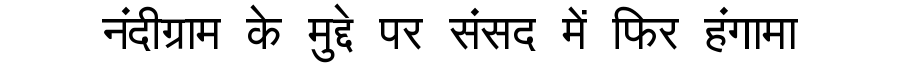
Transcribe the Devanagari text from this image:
नंदीग्राम के मुद्दे पर संसद में फिर हंगामा